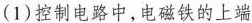
(1)控制电路中，电磁铁的上端